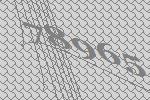
78965